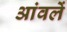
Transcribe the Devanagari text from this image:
आंवलें